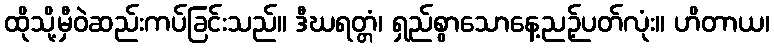
ထိုသို့မှီဝဲဆည်းကပ်ခြင်းသည်။ ဒီဃရတ္တံ၊ ရှည်စွာသောနေ့ညဉ့်ပတ်လုံး။ ဟိတာယ၊